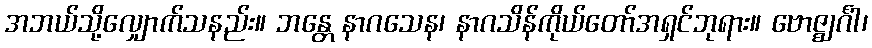
အဘယ်သို့လျှောက်သနည်း။ ဘန္တေ နာဂသေန၊ နာဂသိန်ကိုယ်တော်အရှင်ဘုရား။ ဗောဇ္ဈင်္ဂါ၊